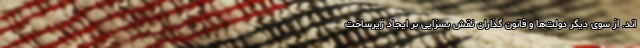
اند. از سوی دیگر دولت‌ها و قانون گذاران نقش بسزایی بر ایجاد زیرساخت